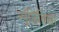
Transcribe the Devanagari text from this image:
सृष्टिविद्या